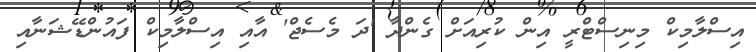
އިސްލާމިކް މިނިސްޓްރީ އިން ކުރިއަށް ގެންދާ 'ދަ މެސެޖް' އާއި އިސްލާމިކް ފައުންޑޭޝަނާއި